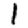
Digit: 1